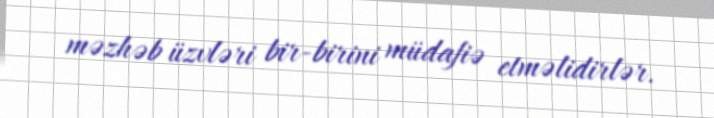
məzhəb üzvləri bir-birini müdafiə etməlidirlər.